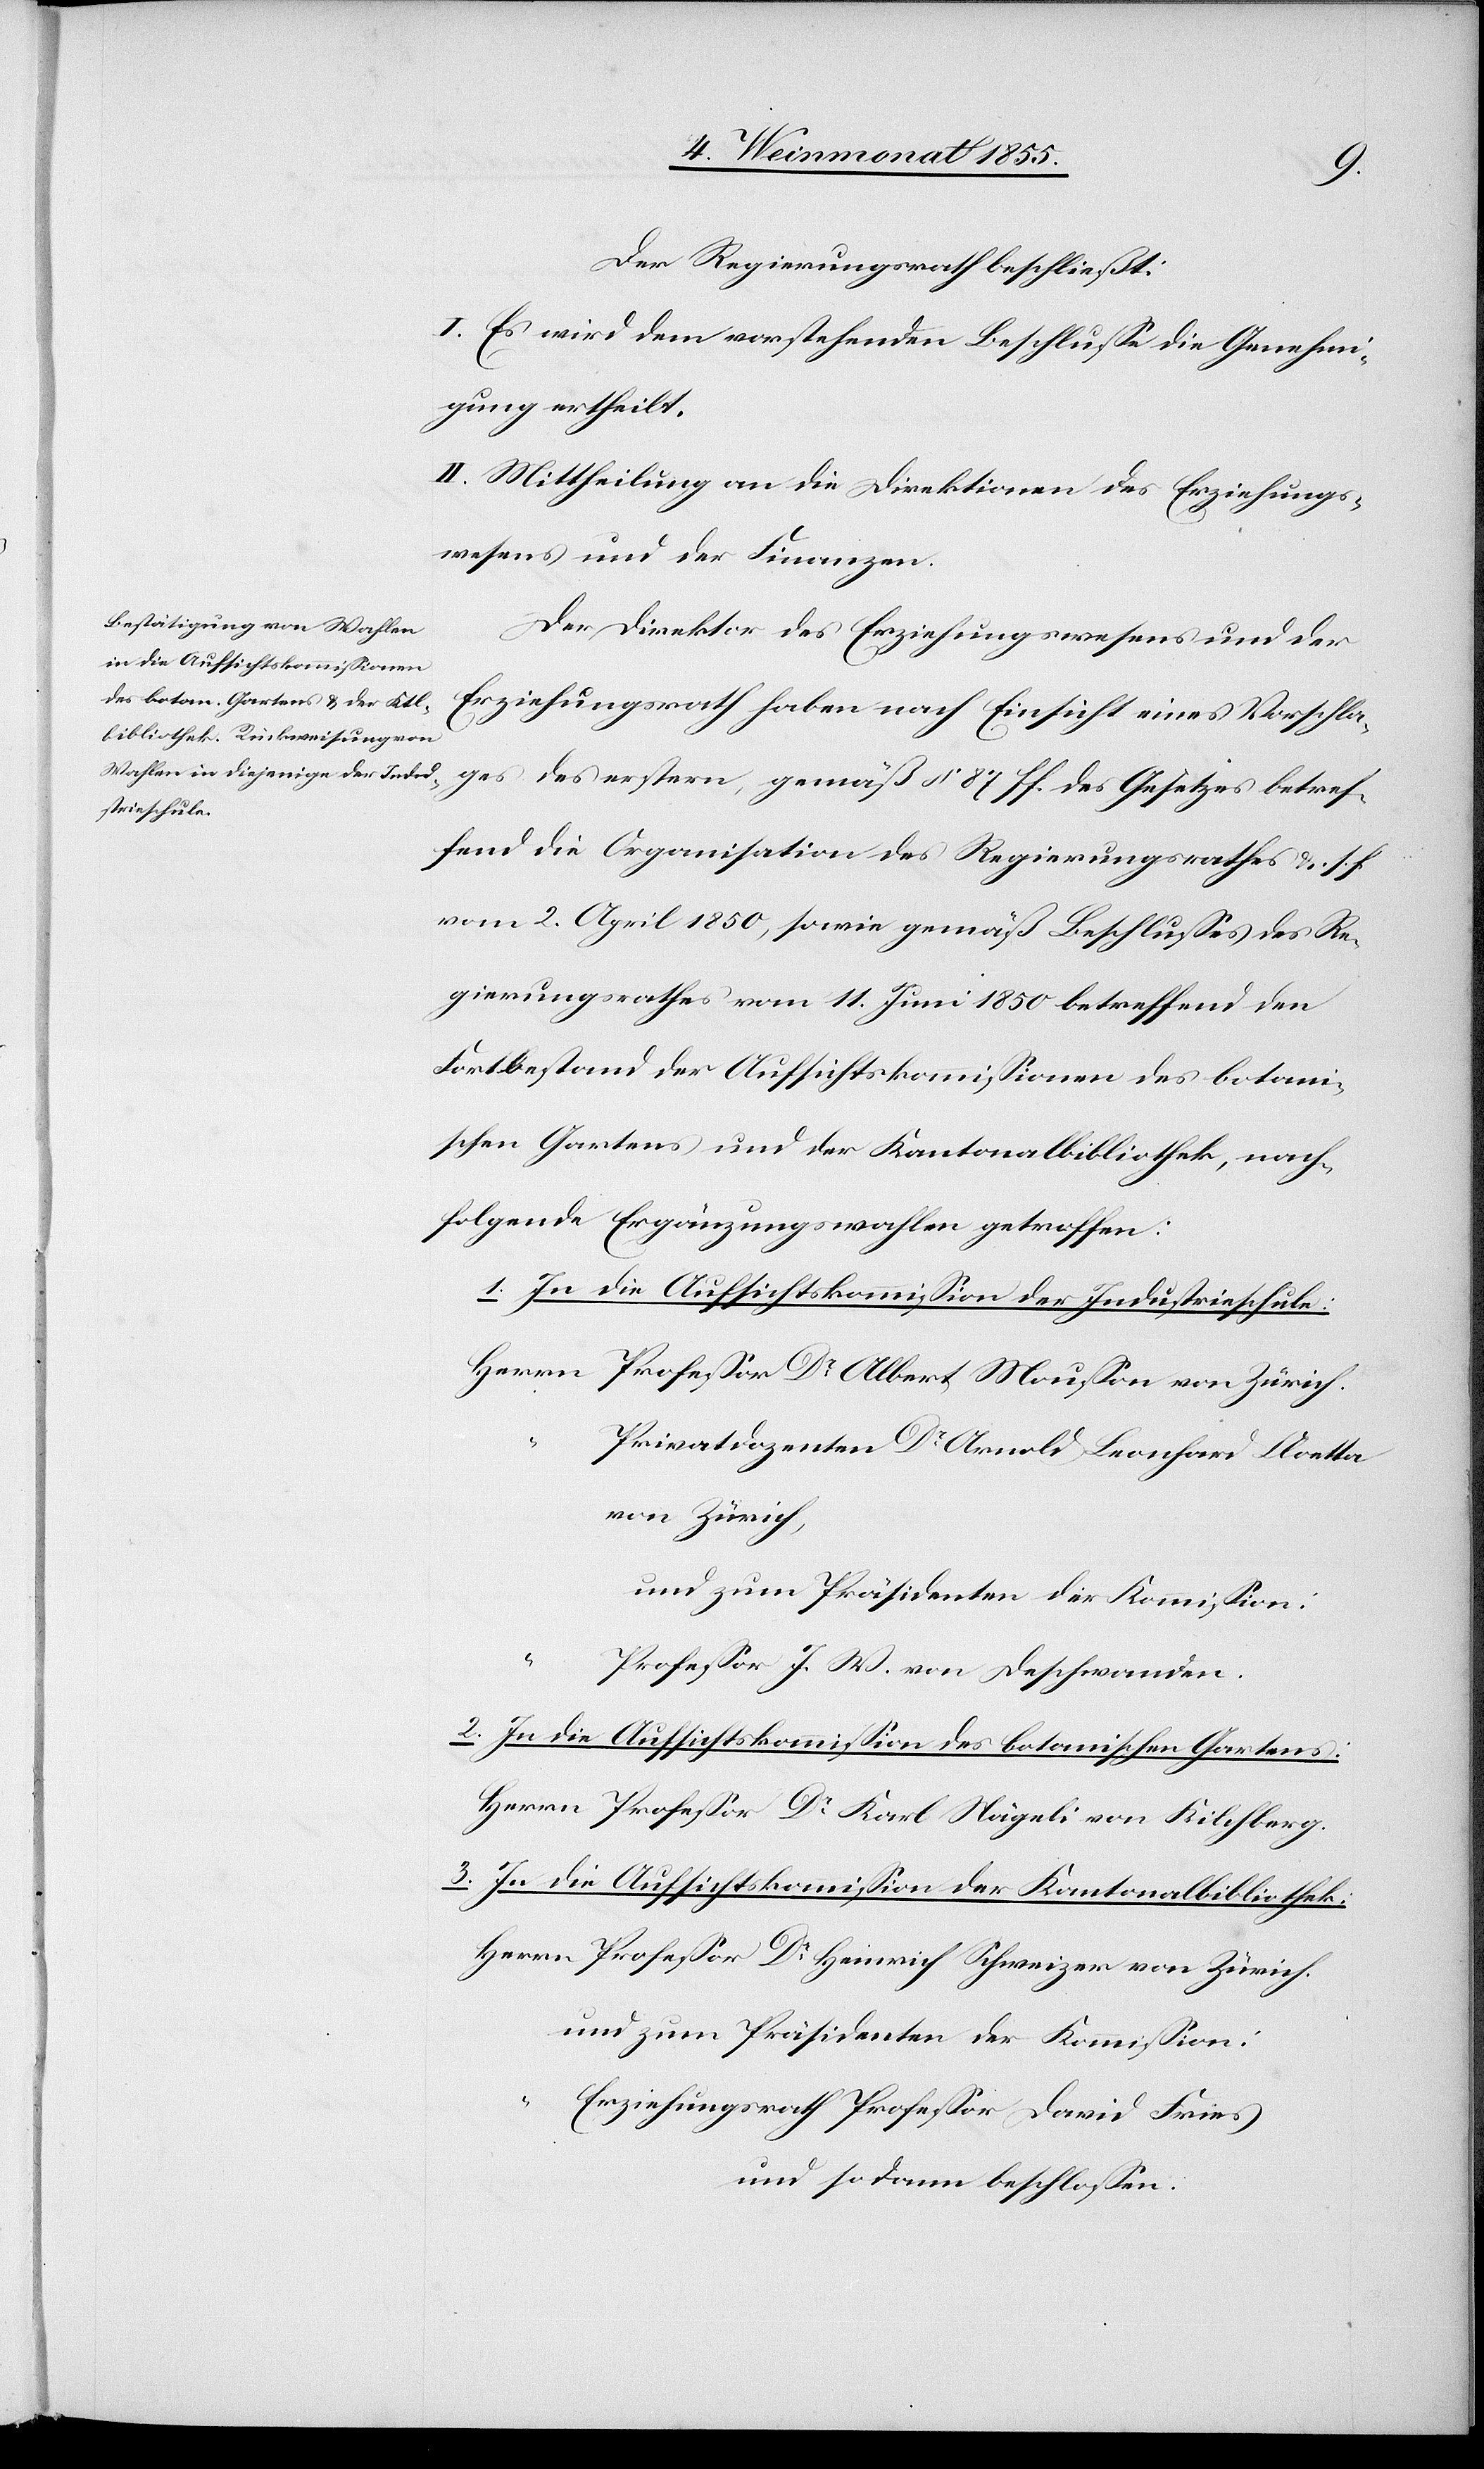
Der Regierungsrath beschließt:
I. Es wird dem vorstehenden Beschlusse die Genehmi¬
gung ertheilt.
II. Mittheilung an die Direktionen des Erziehungs¬
wesens und der Finanzen.
Der Direktor des Erziehungswesens und der
Erziehungsrath haben nach Einsicht eines Vorschla¬
ges des erstern, gemäß § 87 ff. des Gesetzes betref¬
fend die Organisation des Regierungsrathes &. s. f.
vom 2. April 1850, sowie gemäß Beschlusses des Re¬
gierungsrathes vom 11. Juni 1850 betreffend den
Fortbestand der Aufsichtskommissionen des botani¬
schen Gartens und der Kantonalbibliothek, nach¬
folgende Ergänzungswahlen getroffen:
1. In die Aufsichtskommission der Industrieschule:
Privatdozenten Dr Arnold Leonhard Cloetta
von Zürich.
und zum Präsidenten der Kommission:
Professor J. W. von Deschwanden.
2. In die Aufsichtskommission des botanischen Gartens:
Professor Dr Karl Nägeli von Kilchberg.
3. In die Aufsichtskommission der Kantonalbibliothek:
und zum Präsidenten der Kommission:
Erziehungsrath Professor David Fries
und sodann beschlossen: